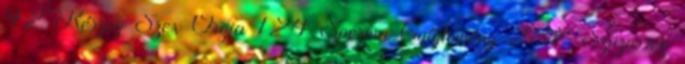
42 Részeg Szex Orgia 124 Sperma Gyűjtemény 282 Szüzesség